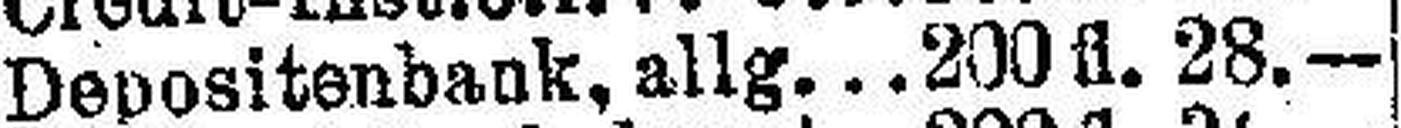
Depositenbank. allg. 200 fl. 28.—